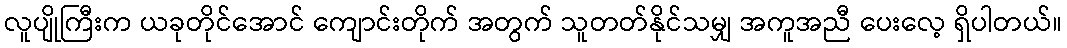
လူပျိုကြီးက ယခုတိုင်အောင် ကျောင်းတိုက် အတွက် သူတတ်နိုင်သမျှ အကူအညီ ပေးလေ့ ရှိပါတယ်။